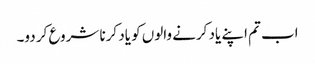
اب تم اپنے یاد کرنے والوں کو یاد کرنا شروع کر دو۔